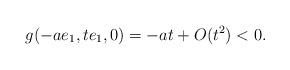
LaTeX: \begin{align*} g(-ae_1,te_1,0) = -at + O(t^2) < 0. \end{align*}